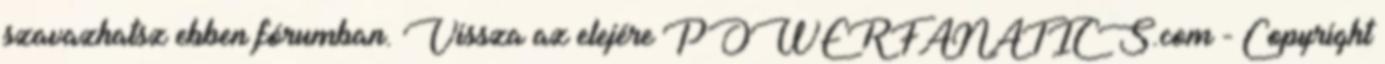
szavazhatsz ebben fórumban. Vissza az elejére POWERFANATICS.com - Copyright